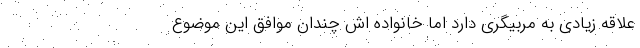
علاقه زیادی به مربیگری دارد اما خانواده اش چندان موافق این موضوع